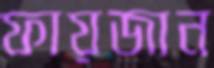
ফায়জান